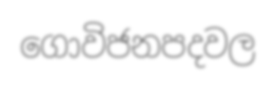
ගොවිජනපදවල